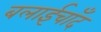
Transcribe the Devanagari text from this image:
बलाईचाँद